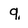
Character: 9